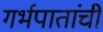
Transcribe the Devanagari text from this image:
गर्भपातांची